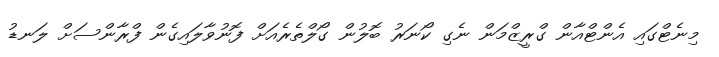
މިނެޓްގައި އެންޓްއާން ގްރީޒްމަން ނެގި ކޯނަރު ބޮލުން ގޯލްތެރެއަށް ފޮނުވާލައިގެން ފްރާންސަށް ލަނޑު